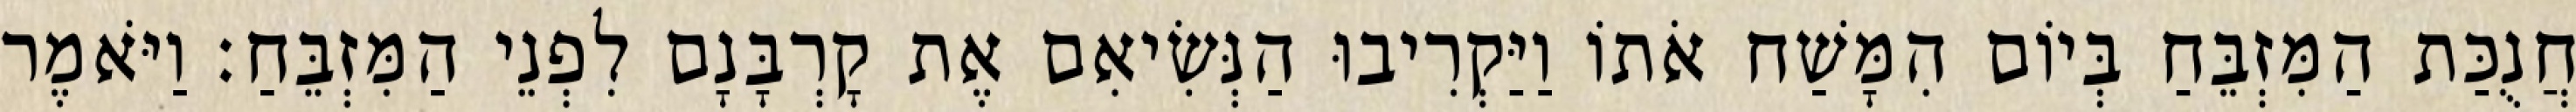
חֲנֻכַּת הַמִּזְבֵּחַ בְּיוֹם הִמָּשַׁח אֹתוֹ וַיַּקְרִיבוּ הַנְּשִׂיאִם אֶת קָרְבָּנָם לִפְנֵי הַמִּזְבֵּחַ׃ וַיֹּאמֶר